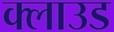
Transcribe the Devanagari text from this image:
क्‍लाउड